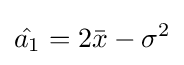
{\hat {a_{1}}}=2{\bar {x}}-\sigma ^{2}